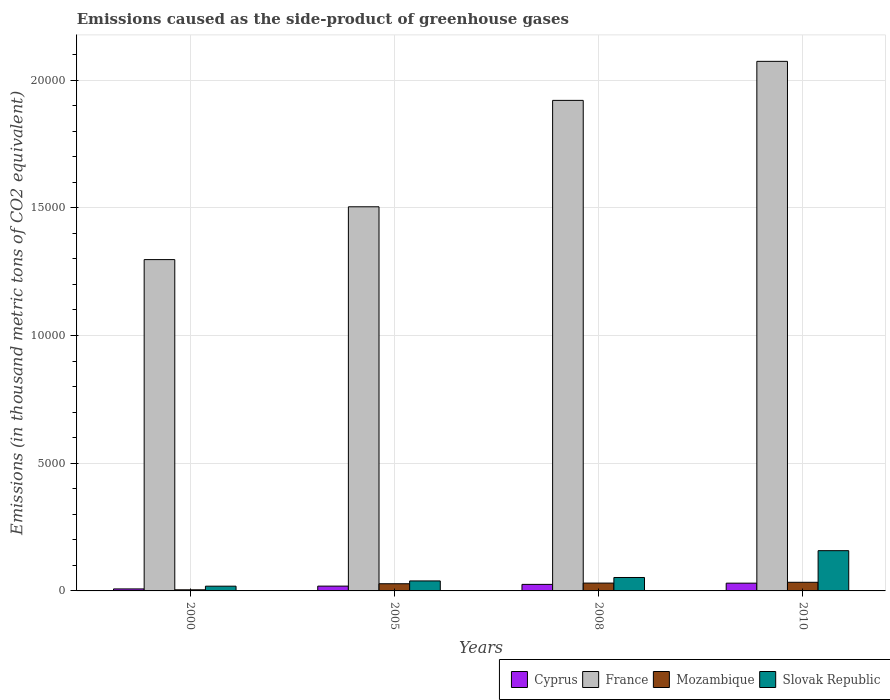
| Years | Cyprus | France | Mozambique | Slovak Republic |
 | --- | --- | --- | --- | --- |
 | 2000 | 78.4 | 1.3e+04 | 43.7 | 186 |
 | 2005 | 188 | 1.5e+04 | 281 | 391 |
 | 2008 | 256 | 1.92e+04 | 307 | 526 |
 | 2010 | 304 | 2.07e+04 | 338 | 1.58e+03 |